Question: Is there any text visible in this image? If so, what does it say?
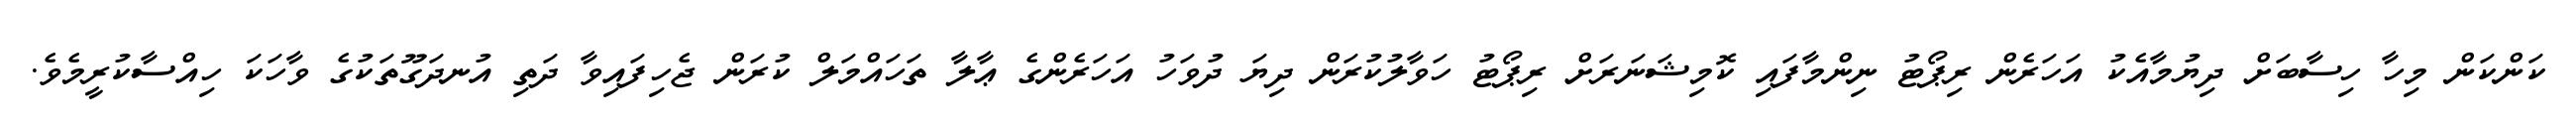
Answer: ކަންކަން މިހާ ހިސާބަށް ދިޔުމާއެކު އަހަރެން ރިޕޯޓު ނިންމާފައި ކޮމިޝަނަރަށް ރިޕޯޓު ހަވާލުކުރަން ދިޔަ ދުވަހު އަހަރެންގެ ޢާލާ ތަހައްމަލް ކުރަން ޖެހިފައިވާ ދަތި އުނދަގޫތަކުގެ ވާހަކަ ހިއްސާކުރީމެވެ.